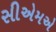
સીએમએ